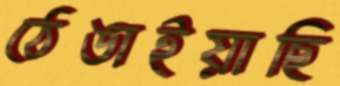
ঠেঙাইয়াছি